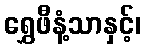
ရွှေဖီနံ့သာနှင့်၊